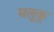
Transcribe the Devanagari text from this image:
मलुकू